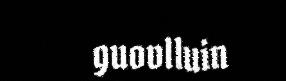
guovlluin